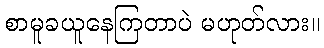
စာမူခယူနေကြတာပဲ မဟုတ်လား။